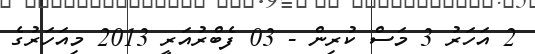
2 އަހަރު 3 މަސް ކުރިން - 03 ފެބްރުއަރީ 2013 މިއަހަރުގެ